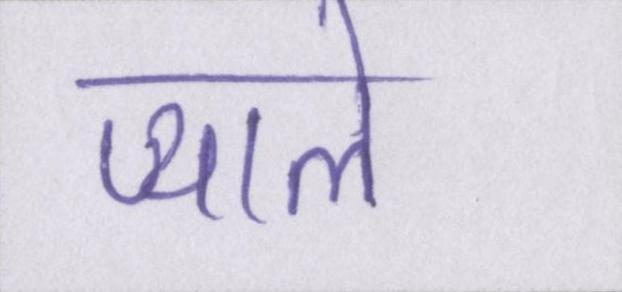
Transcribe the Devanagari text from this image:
प्याले